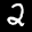
Label: 2